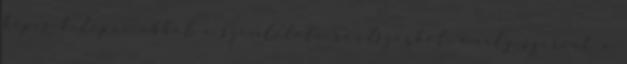
képes kilépni abból a szemléleti rendszerből, amely szerint a